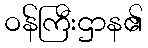
ဝန်ကြီးဌာန၏